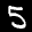
Label: 5